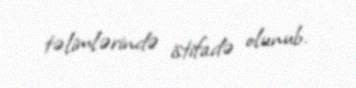
təlimlərində istifadə olunub.